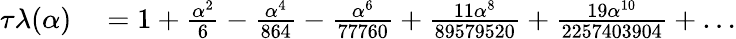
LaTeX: \begin{array}{rl}{\tau\lambda(\alpha)}&{{}=1+\frac{\alpha^{2}}{6}-\frac{\alpha^{4}}{864}-\frac{\alpha^{6}}{77760}+\frac{11\alpha^{8}}{89579520}+\frac{19\alpha^{10}}{2257403904}+\dots}\end{array}